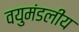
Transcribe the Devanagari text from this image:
वयुमंडलीय